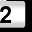
Digit: 2